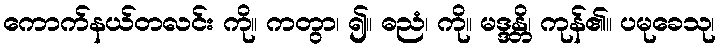
ကောက်နယ်တလင်း ကို။ ကတွာ၊ ၍။ ဓညံ၊ ကို။ မဒ္ဒန္တိ၊ ကုန်၏။ ပမုခေသု၊